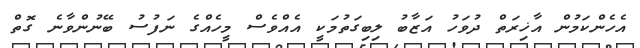
އެހެންކަމުން އާޚިރަތް ދުވަހު އަޒާބު ލިބިގަތުމަކީ އެއްވެސް މީހެއްގެ ނަފުސު ބޭނުންވާނެ ގޮތް